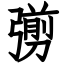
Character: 彅